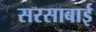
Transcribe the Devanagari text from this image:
सरसाबाई